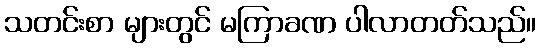
သတင်းစာ များတွင် မကြာခဏ ပါလာတတ်သည်။